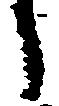
し